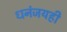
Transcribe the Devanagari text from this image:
धनंजयही